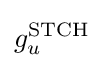
g_{u}^{\mathrm {STCH} }